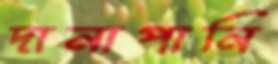
দানাপানি